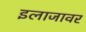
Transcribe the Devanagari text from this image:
इलाजावर